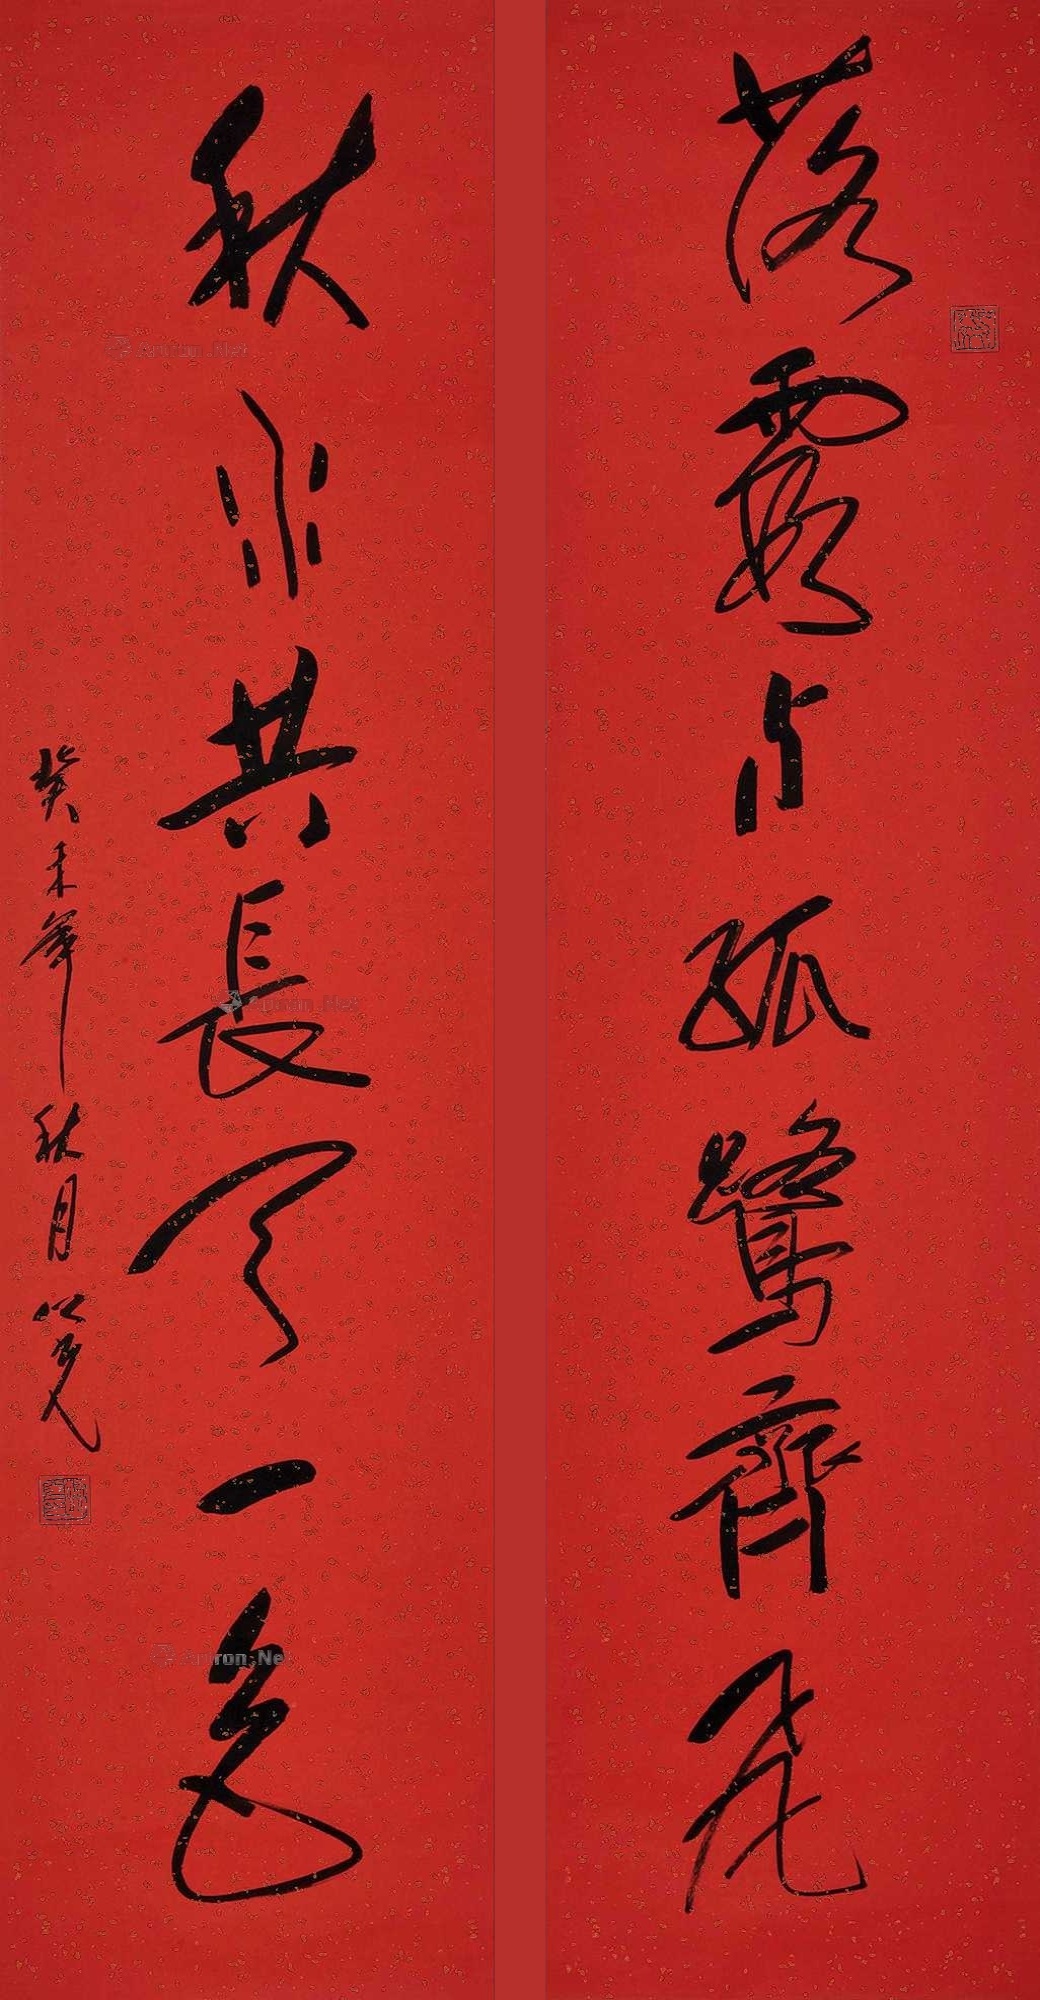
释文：落霞与孤鹜齐飞，秋水共长天一色。癸未年秋月，之光。